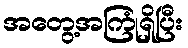
အတွေ့အကြုံရှိပြီး